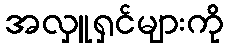
အလှူရှင်များကို